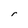
Character: r